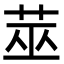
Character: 莁